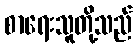
စာရေးသူတို့သည်